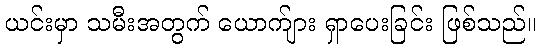
ယင်းမှာ သမီးအတွက် ယောက်ျား ရှာပေးခြင်း ဖြစ်သည်။